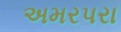
અમરપરા